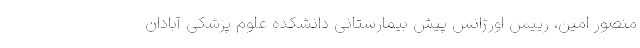
منصور امین، رییس اورژانس پیش بیمارستانی دانشکده علوم پزشکی آبادان